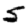
Digit: 5